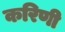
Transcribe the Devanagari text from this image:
करिणी